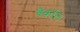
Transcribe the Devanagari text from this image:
बैकॉल